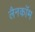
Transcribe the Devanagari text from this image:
लैनकॉम